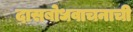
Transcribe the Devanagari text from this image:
दासबोधवाचनाची